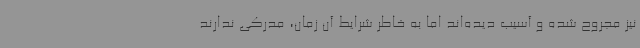
نیز مجروح شده و آسیب دیده‌اند اما به خاطر شرایط آن زمان، مدرکی ندارند